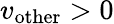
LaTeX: v_{\mathrm{other}}>0